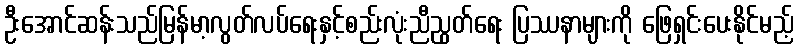
ဦးအောင်ဆန်းသည်မြန်မာ့လွတ်လပ်ရေးနှင့်စည်းလုံးညီညွတ်ရေး ပြဿနာများကို ဖြေရှင်းပေးနိုင်မည့်